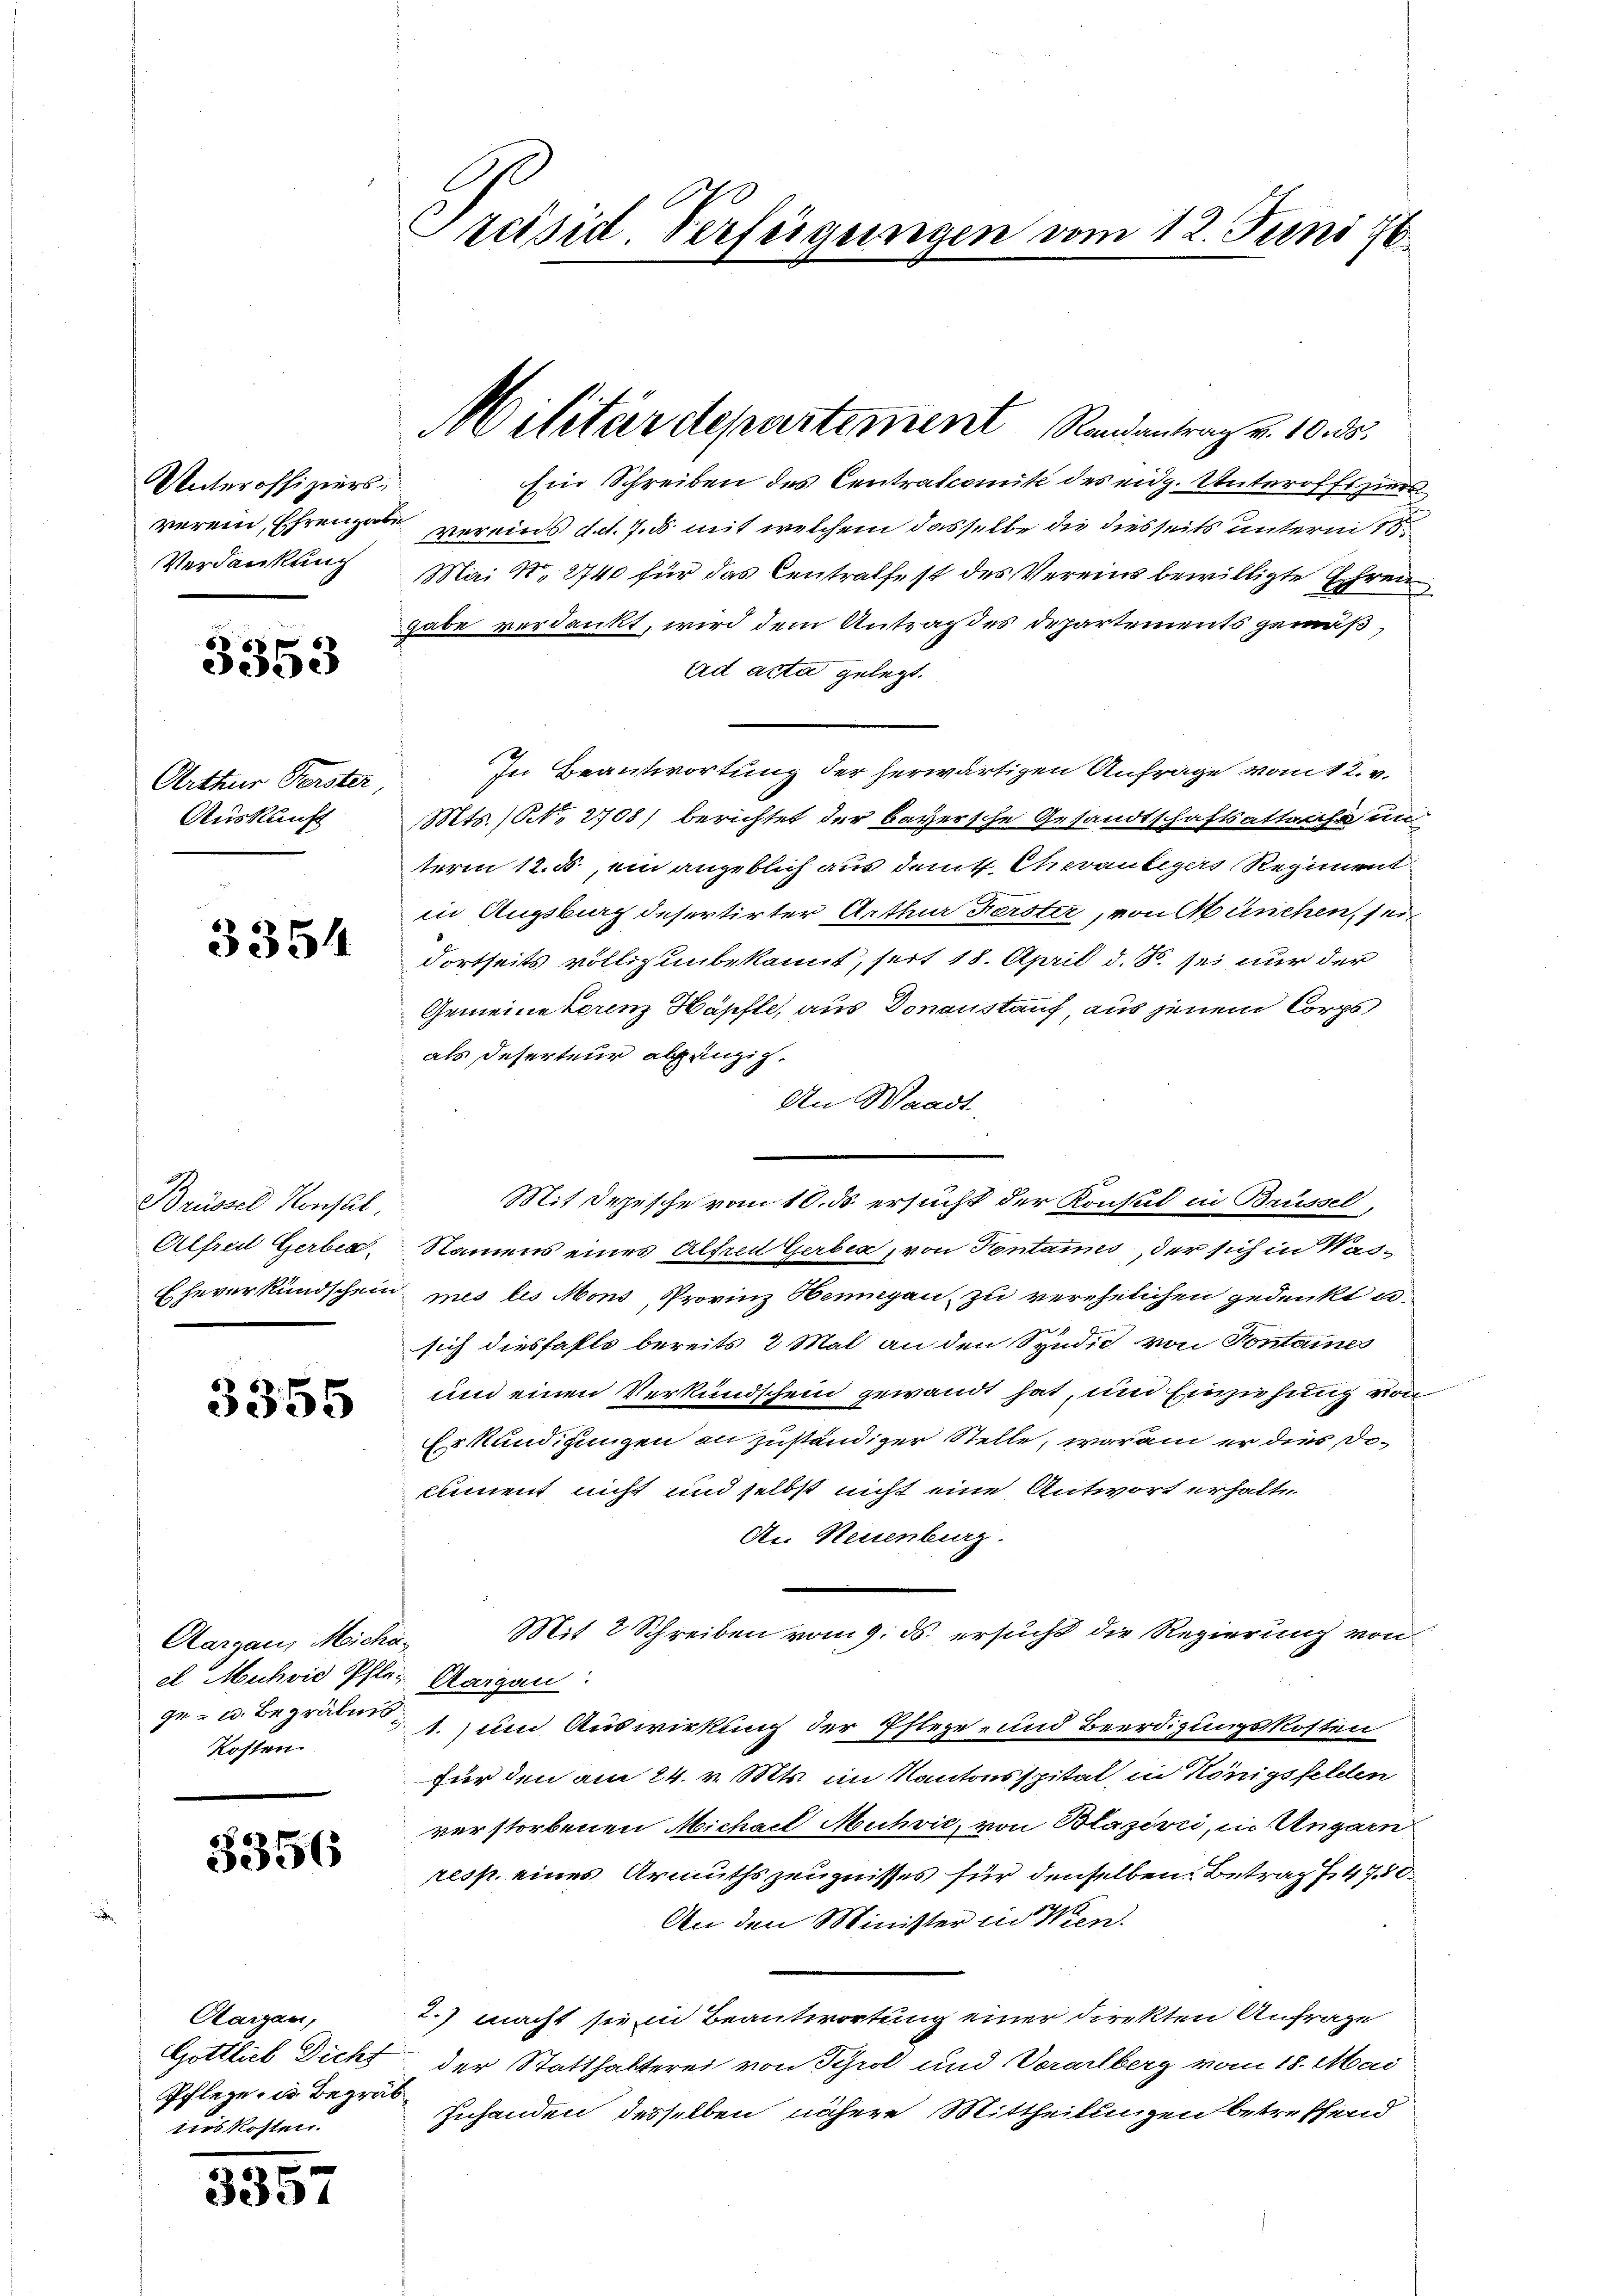
Unteroffiziers
verein, Ehrengabe
Verdankung

68
e

Arthur Verster
Auskunft

3354

Brüssel Konsul,
Alfrei Gerben.
Eheverkundschein

3355

Aargau, Miche
el Muchvie Pfle
ge - u. Begräbnis
Kosten.

3356

Aargau,
Gottlieb Dicht
Pflegen Begrädies kosten.

3357

Präsid. Verfeigungen vom 12. Juni ist

.

Militärdepartement Randantrag v. 10. ds.

Ein Schreiben des Centralcomité des eidg. Unteroffsziers
vereins dat. 7. ds mit welchem dasselbe die diesseits unterm 15
Mai N. 2740 für das Centralfest des Vereins bewilligte Ehren
gabe verdankt, wird dem Antrag des Departements gemäß,
aad acta gelegt.
In Beantwortung der herwärtigen Anfrage vom 12. v.
Mts. (NNo. 2708) berichtet der bayersche Gesandtschaftsattens in
term 12. 5, ein angeblich aus dem Chevaubigers Regiment
in Augsburg desertirter Arthur Ferster, von München, sein
dortseits völlig unbekannt, seit 18. April d. S. sei nur der
Gemeine berenz Häpfle, aus Donaustauf, aus jenem Corps
als Deserteur abgängig.
An Waadt.
Mit Irgesche vom 10. ds ersucht der Konsul in Brüssel,
Namens eines Alfred Herben, von Kontanes, der sich in Wasmes bis Mons, Provinz Henngau zu verehelichen gedenkt u.
2
sich diesfalls bereits 2 Mal an den Syndic von Sontaines
und einen Verkundschein gewandt hat, und Einziehung von
Erkundigungen an zuständiger Stelle, waram er dies Diciment nicht und selbst nicht eine Antwort erhalte
An Neuenburg.
Mit 2 Schreiben vom 9. ds. ersucht die Regierung von
Aargau.
1. um Auswirkung der Pflegen und Beerdigungskosten
für den am 24. v. Mts. im Kantonsspital, in Königsfelden
verstorbenen Michael Muhvić, von Blazivii, in Angarn
resp. eines Armuths zeugnisses für denselben Betrag f. 4750
An den Minister in Wien.
2.) macht sie in Beantwortung einer Direkten Anfrage
der Statthalterei von Schrol und Vorarlberg vom 18. Mai
Iuhanden desselben nähere Mittheilungen betreffend